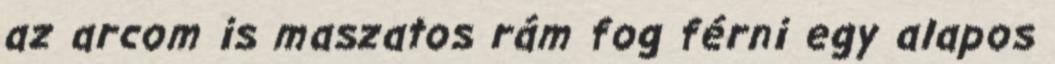
az arcom is maszatos rám fog férni egy alapos